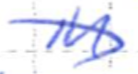
Text: in
Cross-out: diagonal
Writing tool: ballpoint